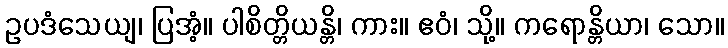
ဥပဒံသေယျ၊ ပြအံ့။ ပါစိတ္တိယန္တိ၊ ကား။ ဧဝံ၊ သို့။ ကရောန္တိယာ၊ သော။